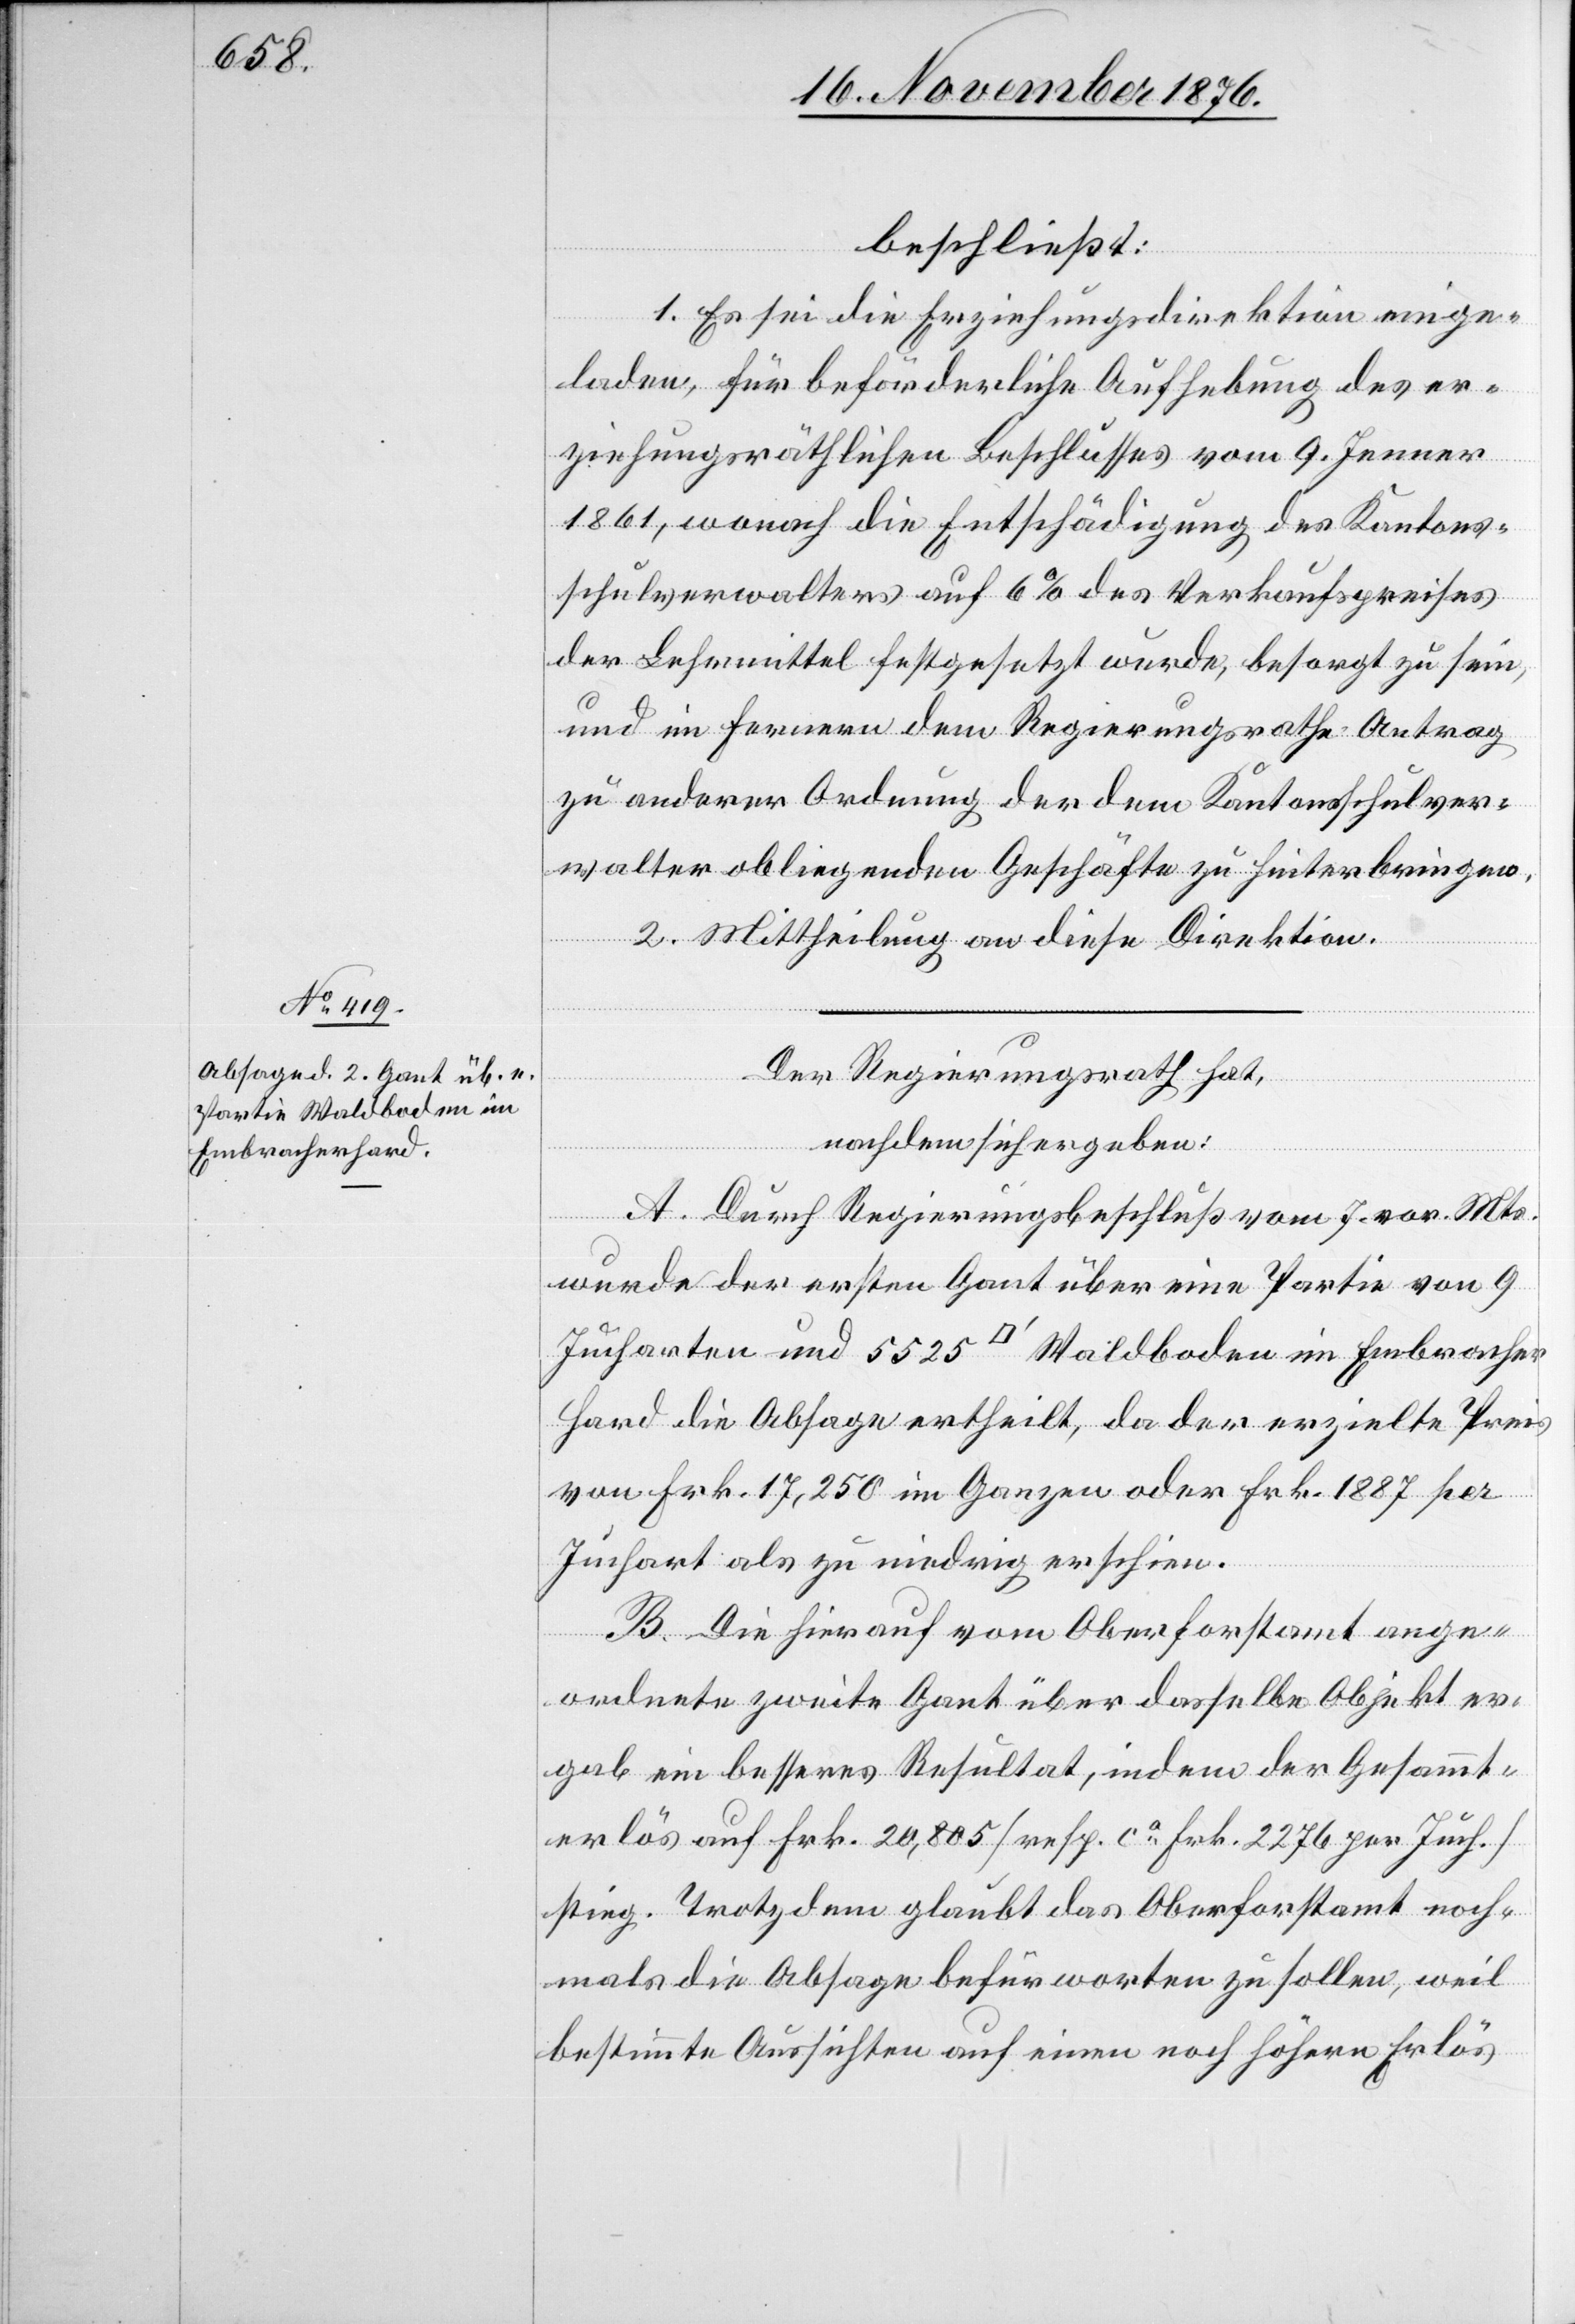
beschließt:
1. Es sei die Erziehungsdirektion einge¬
laden, für beförderliche Aufhebung des er¬
ziehungsräthlichen Beschlusses vom 9. Jenner
1861, wonach die Entschädigung des Kantons¬
schulverwalters auf 6% des Verkaufspreises
der Lehrmittel festgesetzt wurde, besorgt zu sein,
und im Fernern dem Regierungsrathe Antrag
zu anderer Ordnung der dem Kantonsschulver¬
walter obliegenden Geschäfte zu hinterbringen.
2. Mittheilung an diese Direktion.
Der Regierungsrath hat,
nachdem sich ergeben:
A. Durch Regierungsbeschluß vom 7. vor. Mts.
wurde der ersten Gant über eine Partie von 9
Jucharten und 5525 [Quadratfuß] Waldboden im Embracher
Hard die Absage ertheilt, da der erzielte Preis
von Frk. 17,250 im Ganzen oder Frk. 1887 per
Juchart als zu niedrig erschien.
B. Die hierauf vom Oberforstamt ange¬
ordnete zweite Gant über dasselbe Objekt er¬
gab ein besseres Resultat, indem der Gesammt¬
erlös auf Frk. 20,805 [resp. ca Frk. 2276 per Juch.]
stieg. Trotzdem glaubt das Oberforstamt noch¬
mals die Absage befürworten zu sollen, weil
bestimmte Aussichten auf einen noch höhern Erlös